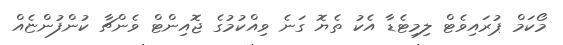
މޯކަމް ޕުރައިވެޓް ލިމިޓެޑާ އެކު ތެޔޮ ގަނެ ވިއްކުމުގެ ޖޮއިންޓް ވެންޗާ ކުންފުންޏެއް